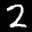
Label: 2